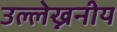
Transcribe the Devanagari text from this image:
उल्लेख्ननीय